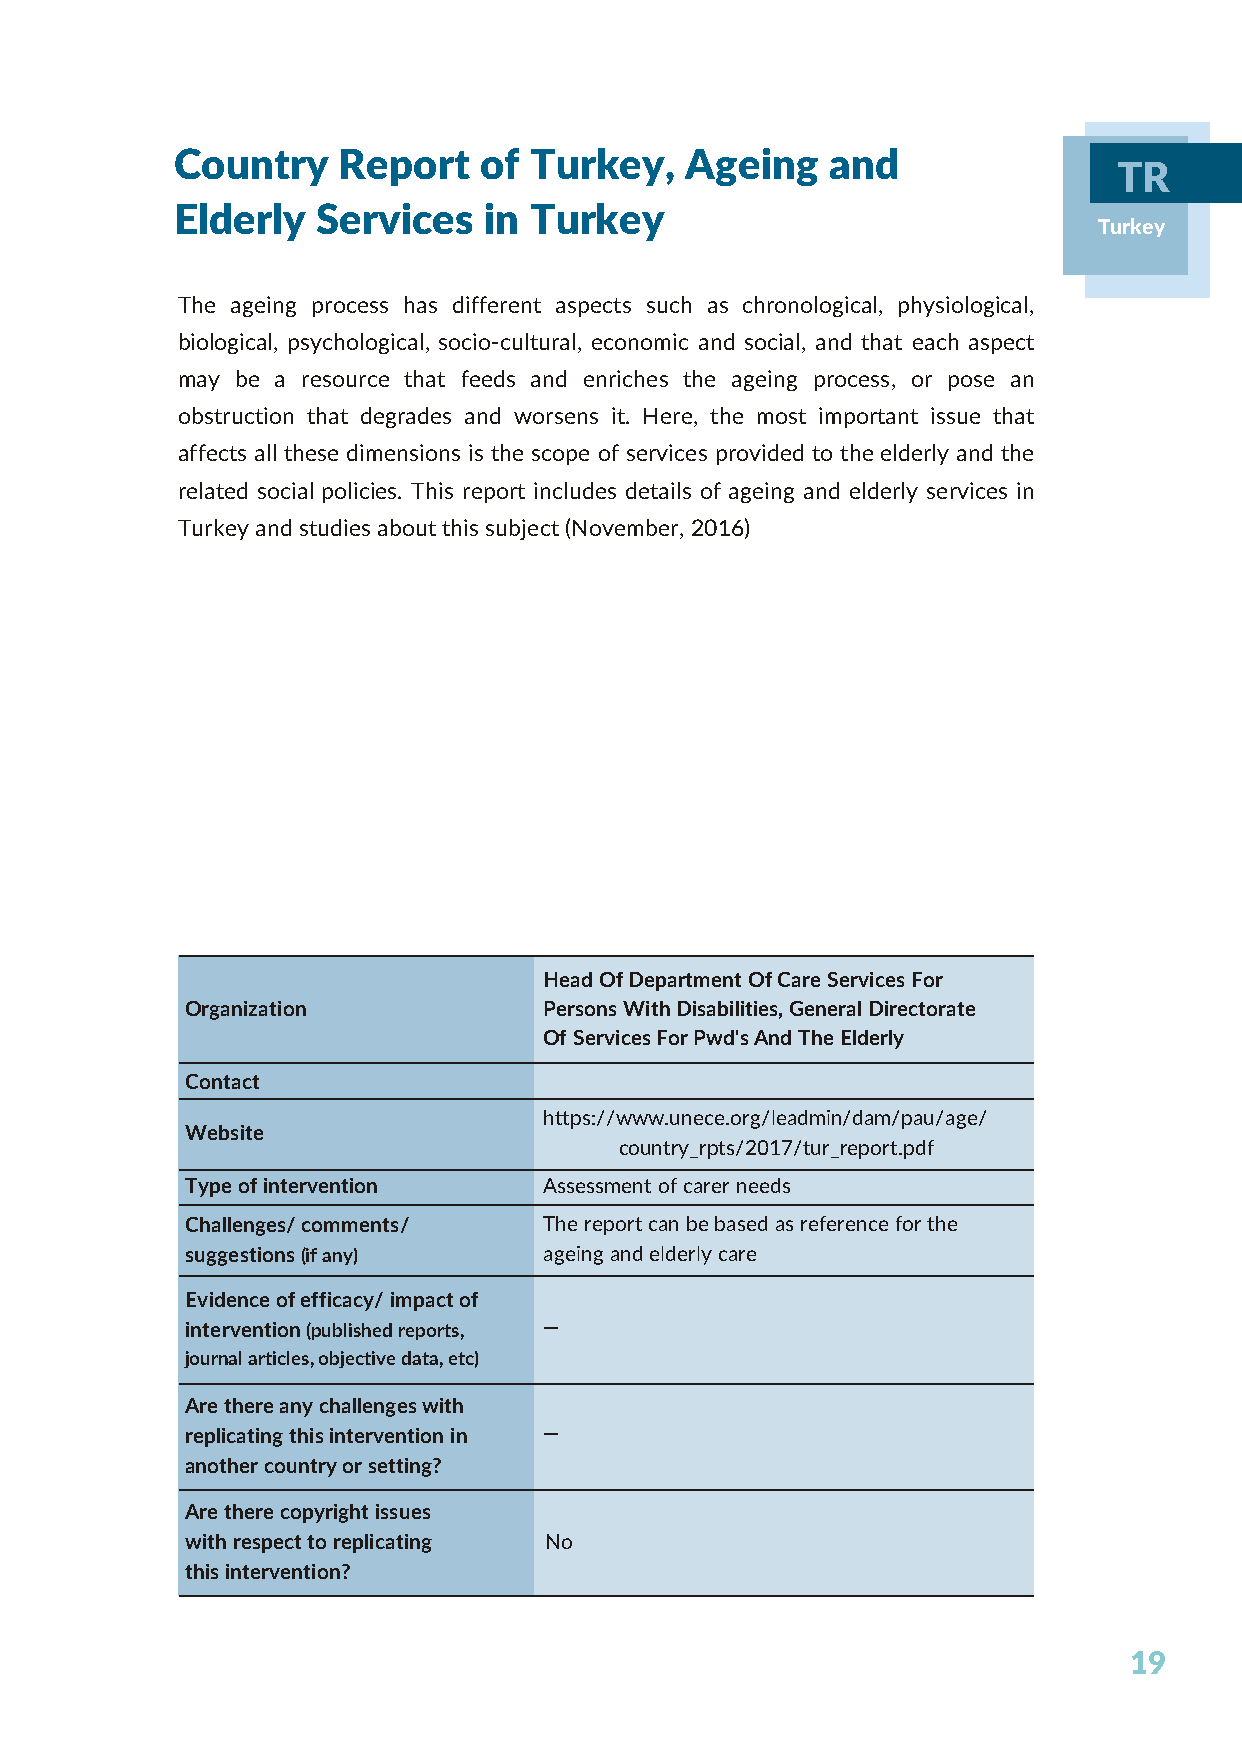
Country   Report    of Turkey,   Ageing    and
 TR
 Elderly  Services   in Turkey
 Turkey
 The ageing process has different aspects such as chronological, physiological,
 biological, psychological, socio-cultural, economic and social, and that each aspect
 may be a resource that feeds and enriches the ageing process, or pose an
 obstruction that degrades and worsens it. Here, the most important issue that
 affects all these dimensions is the scope of services provided to the elderly and the
 related social policies. This report includes details of ageing and elderly services in
 Turkey and studies about this subject (November, 2016)
 Head Of Department Of Care Services For
 Organization            Persons With Disabilities, General Directorate
 Of Services For Pwd's And The Elderly
 Contact
 https://www.unece.org/leadmin/dam/pau/age/
 Website
 country_rpts/2017/tur_report.pdf
 Type of intervention    Assessment of carer needs
 Challenges/ comments/   The report can be based as reference for the
 suggestions (if any)    ageing and elderly care
 Evidence of efficacy/ impact of
 intervention (published reports, —
 journal articles, objective data, etc)
 Are there any challenges with
 replicating this intervention in —
 another country or setting?
 Are there copyright issues
 with respect to replicating No
 this intervention?
 19